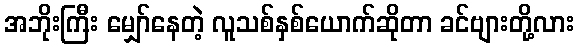
အဘိုးကြီး မျှော်နေတဲ့ လူသစ်နှစ်ယောက်ဆိုတာ ခင်ဗျားတို့လား